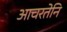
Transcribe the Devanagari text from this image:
आचरतेनि